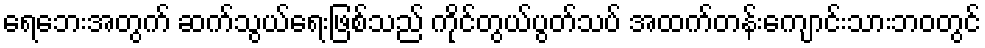
ရေဘေးအတွက် ဆက်သွယ်ရေးဖြစ်သည် ကိုင်တွယ်ပွတ်သပ် အထက်တန်းကျောင်းသားဘဝတွင်